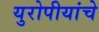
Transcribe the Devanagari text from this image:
युरोपीयांचे